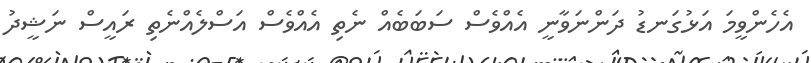
އެހެންވީމަ އަޅުގަނޑު ދަންނަވާނީ އެއްވެސް ސަބަބެއް ނެތި އެއްވެސް އަސްލެއްނެތި ރައީސް ނަޝީދު